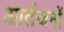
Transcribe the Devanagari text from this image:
आर्तजनों